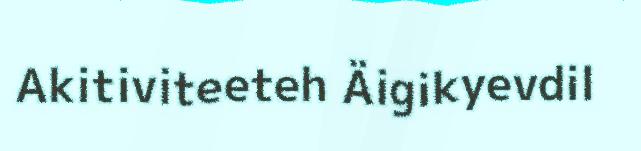
Akitiviteeteh Äigikyevdil